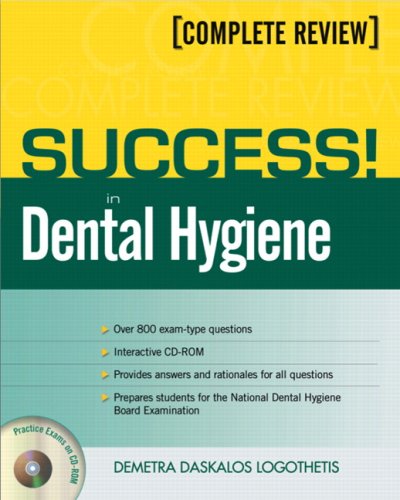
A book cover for SUCCESS! in Dental Hygiene; Demetra Daskalos Logothetis RDH  MS; Medical Books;